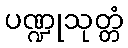
ပဏ္ဍုသုတ္တံ